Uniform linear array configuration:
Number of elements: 4
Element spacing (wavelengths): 0.75
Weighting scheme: binomial
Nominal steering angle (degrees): -30
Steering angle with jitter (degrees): -31.88
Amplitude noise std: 0.05
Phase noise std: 0.05

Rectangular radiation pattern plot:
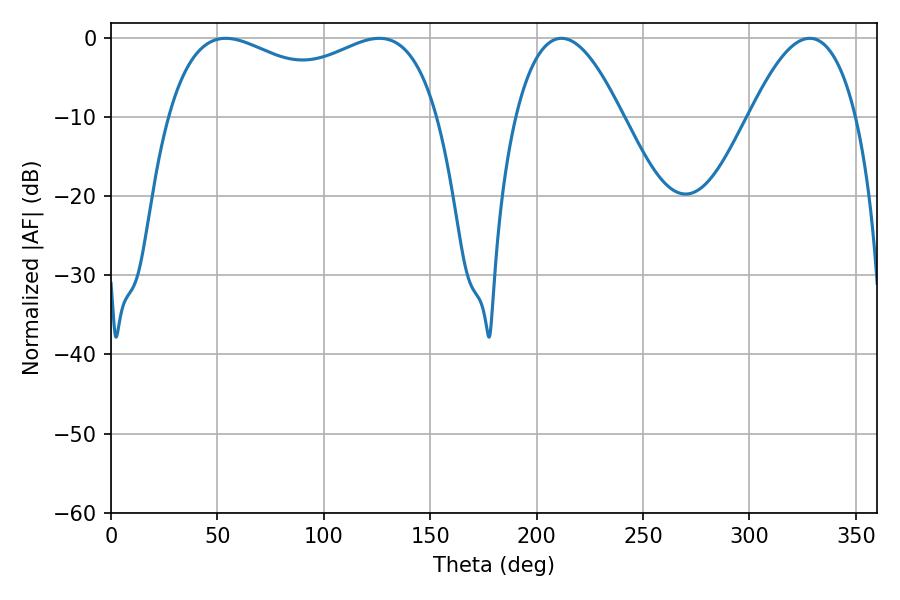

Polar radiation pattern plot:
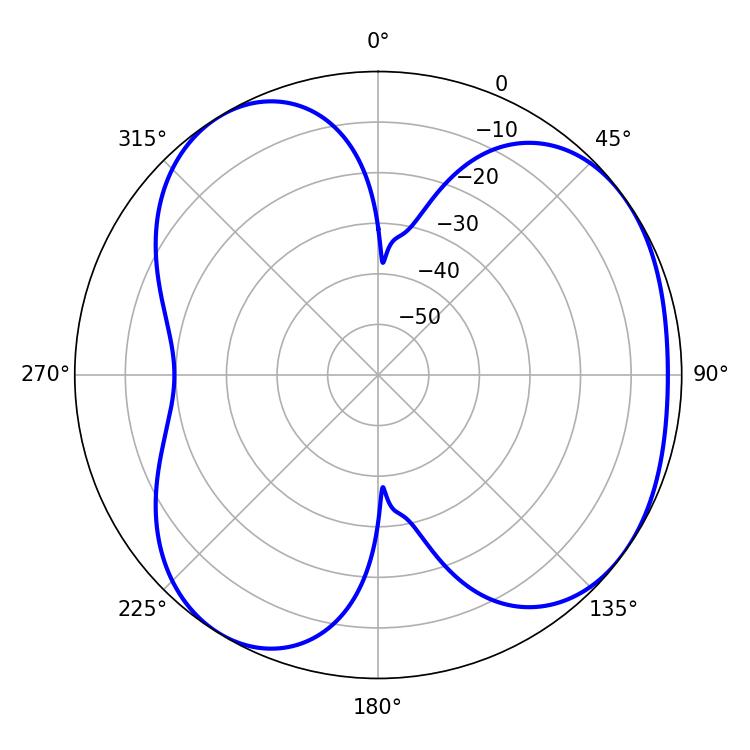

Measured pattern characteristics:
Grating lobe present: TRUE
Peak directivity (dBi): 4.663
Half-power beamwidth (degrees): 27.54
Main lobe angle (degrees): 211.68